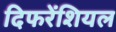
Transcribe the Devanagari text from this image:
दिफरेंशियल